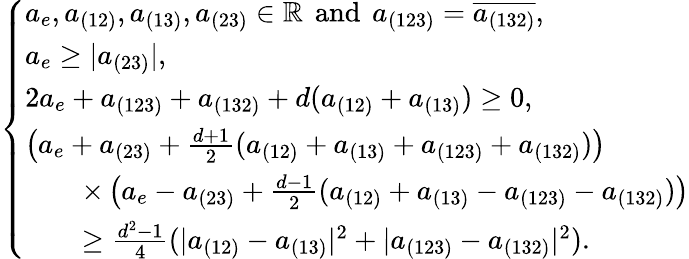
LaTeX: \left\{ \begin{array}{lllll}{a_{e},a_{(12)},a_{(13)},a_{(23)}\in\mathbb R\, \mathrm{~and~}\, a_{(123)}=\overline{{a_{(132)}}},}\\ {a_{e}\geq|a_{(23)}|,}\\ {2a_{e}+a_{(123)}+a_{(132)}+d(a_{(12)}+a_{(13)})\geq 0,}\\ {\left(a_{e}+a_{(23)}+\frac{d+1}{2}(a_{(12)}+a_{(13)}+a_{(123)}+a_{(132)})\right)}\\ {\quad\quad\times\left(a_{e}-a_{(23)}+\frac{d-1}{2}(a_{(12)}+a_{(13)}-a_{(123)}-a_{(132)})\right)}\\ {\quad\quad\geq\frac{d^{2}-1}{4}(|a_{(12)}-a_{(13)}|^{2}+|a_{(123)}-a_{(132)}|^{2}).}\end{array}\right.